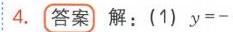
4. 答案 解：(1) \(y = -\)